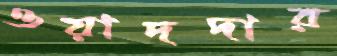
ওয়াদদার